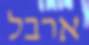
ארבל